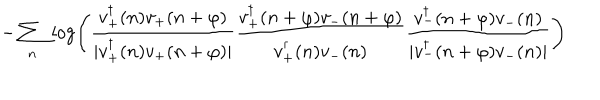
- \sum _ { n } \, \log \left( \frac { v _ { + } ^ { \dagger } ( n ) v _ { + } ( n + \varphi ) } { \mid v _ { + } ^ { \dagger } ( n ) v _ { + } ( n + \varphi ) \mid } \frac { v _ { + } ^ { \dagger } ( n + \varphi ) v _ { - } ( n + \varphi ) } { v _ { + } ^ { \dagger } ( n ) v _ { - } ( n ) } \frac { v _ { - } ^ { \dagger } ( n + \varphi ) v _ { - } ( n ) } { \mid v _ { - } ^ { \dagger } ( n + \varphi ) v _ { - } ( n ) \mid } \right)